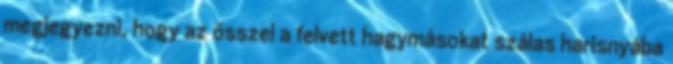
megjegyezni, hogy az ősszel a felvett hagymásokat szálas harisnyába